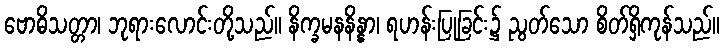
ဗောဓိသတ္တာ၊ ဘုရားလောင်းတို့သည်။ နိက္ခမနနိန္နာ၊ ရဟန်းပြုခြင်း၌ ညွတ်သော စိတ်ရှိကုန်သည်။